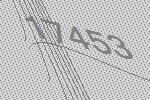
17453